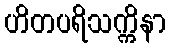
ဟိတပရိသက္ကိနာ